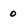
Character: o